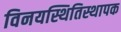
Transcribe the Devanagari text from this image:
विनयस्थितिस्थापक